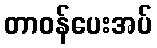
တာဝန်ပေးအပ်